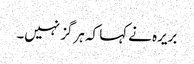
بریرہ نے کہا کہ ہرگز نہیں۔